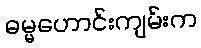
ဓမ္မဟောင်းကျမ်းက